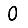
Digit: 0